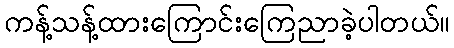
ကန့်သန့်ထားကြောင်းကြေညာခဲ့ပါတယ်။